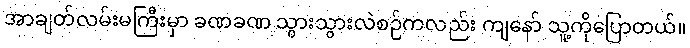
အာချတ်လမ်းမကြီးမှာ ခဏခဏ သွားသွားလဲစဉ်ကလည်း ကျနော် သူ့ကိုပြောတယ်။